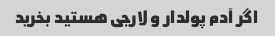
اگر آدم پولدار و لارجی هستید بخرید